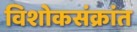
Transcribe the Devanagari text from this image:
विशोकसंक्रांत